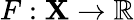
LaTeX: F:\mathbf{X}\to\mathbb{{R}}